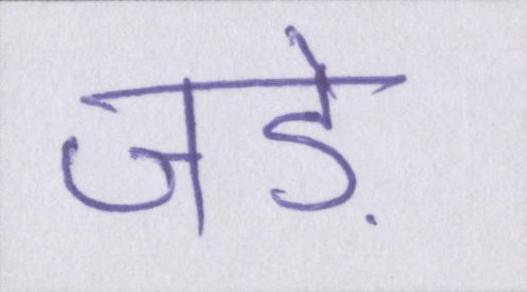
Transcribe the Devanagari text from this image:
जड़ें